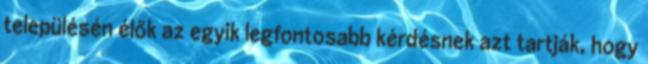
településén élők az egyik legfontosabb kérdésnek azt tartják, hogy